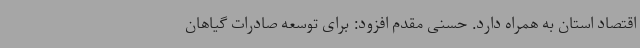
اقتصاد استان به همراه دارد. حسنی مقدم افزود: برای توسعه صادرات گیاهان